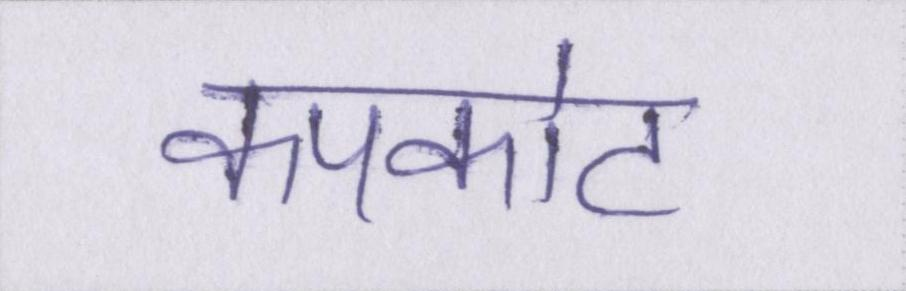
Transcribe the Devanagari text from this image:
कपकोट